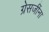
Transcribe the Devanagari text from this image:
ग्रेसजींना